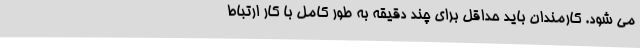
می شود. کارمندان باید حداقل برای چند دقیقه به طور کامل با کار ارتباط